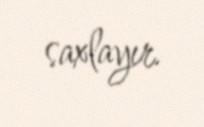
saxlayır.